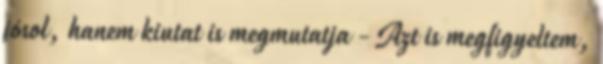
jósol, hanem kiutat is megmutatja - Azt is megfigyeltem,